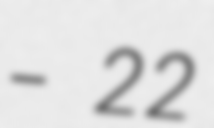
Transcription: – 22